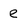
Character: e